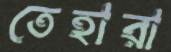
তেহারা